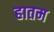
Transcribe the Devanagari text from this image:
हातम